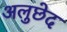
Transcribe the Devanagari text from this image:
अलुछेद